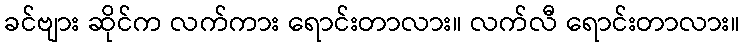
ခင်ဗျား ဆိုင်က လက်ကား ရောင်းတာလား။ လက်လီ ရောင်းတာလား။